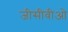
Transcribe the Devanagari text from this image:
जीसीवीओ